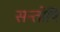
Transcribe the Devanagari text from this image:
सन्तोषि